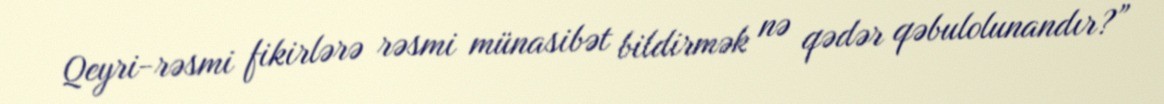
Qeyri-rəsmi fikirlərə rəsmi münasibət bildirmək nə qədər qəbulolunandır?”